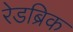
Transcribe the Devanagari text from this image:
रेडब्रिक